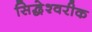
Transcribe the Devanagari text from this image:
सिद्धेश्‍वरीक